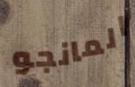
المانجو